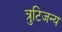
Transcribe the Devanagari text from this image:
त्रुटिजन्य